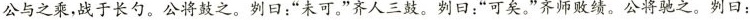
公与之乘，战于长勺。公将鼓之。刿曰：”未可。”齐人三鼓。刿曰：”可矣。”齐师败绩。公将驰之。判曰：